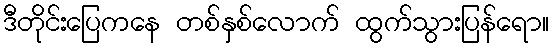
ဒီတိုင်းပြေကနေ တစ်နှစ်လောက် ထွက်သွားပြန်ရော။